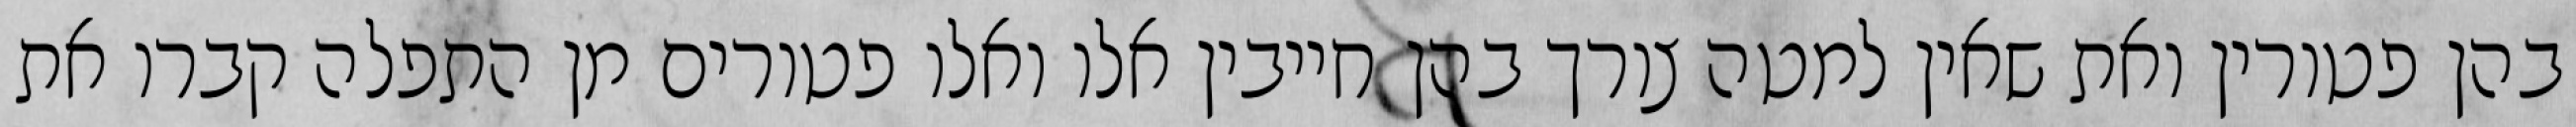
בהן פטורין ואת שאין למטה צורך בהן חייבין אלו ואלו פטורים מן התפלה קברו את